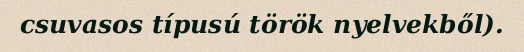
csuvasos típusú török nyelvekből).